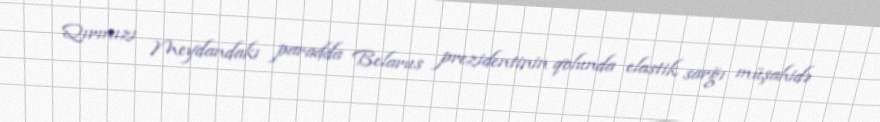
Qırmızı Meydandakı paradda Belarus prezidentinin qolunda elastik sarğı müşahidə